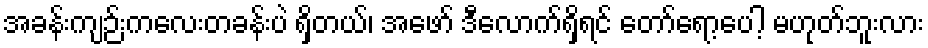
အခန်းကျဉ်းကလေးတခန်းပဲ ရှိတယ်၊ အဖော် ဒီလောက်ရှိရင် တော်ရော့ပေါ့ မဟုတ်ဘူးလား